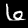
Digit: 6